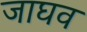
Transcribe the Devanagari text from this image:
जाघव